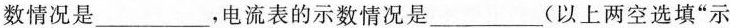
数情况是___，电流表的示数情况是___(以上两空选填”示